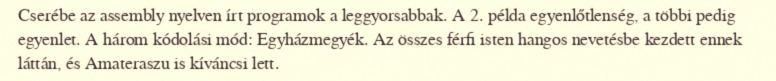
Cserébe az assembly nyelven írt programok a leggyorsabbak. A 2. példa egyenlőtlenség, a többi pedig egyenlet. A három kódolási mód: Egyházmegyék. Az összes férfi isten hangos nevetésbe kezdett ennek láttán, és Amateraszu is kíváncsi lett.